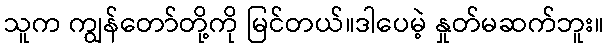
သူက ကျွန်တော်တို့ကို မြင်တယ်။ဒါပေမဲ့ နှုတ်မဆက်ဘူး။